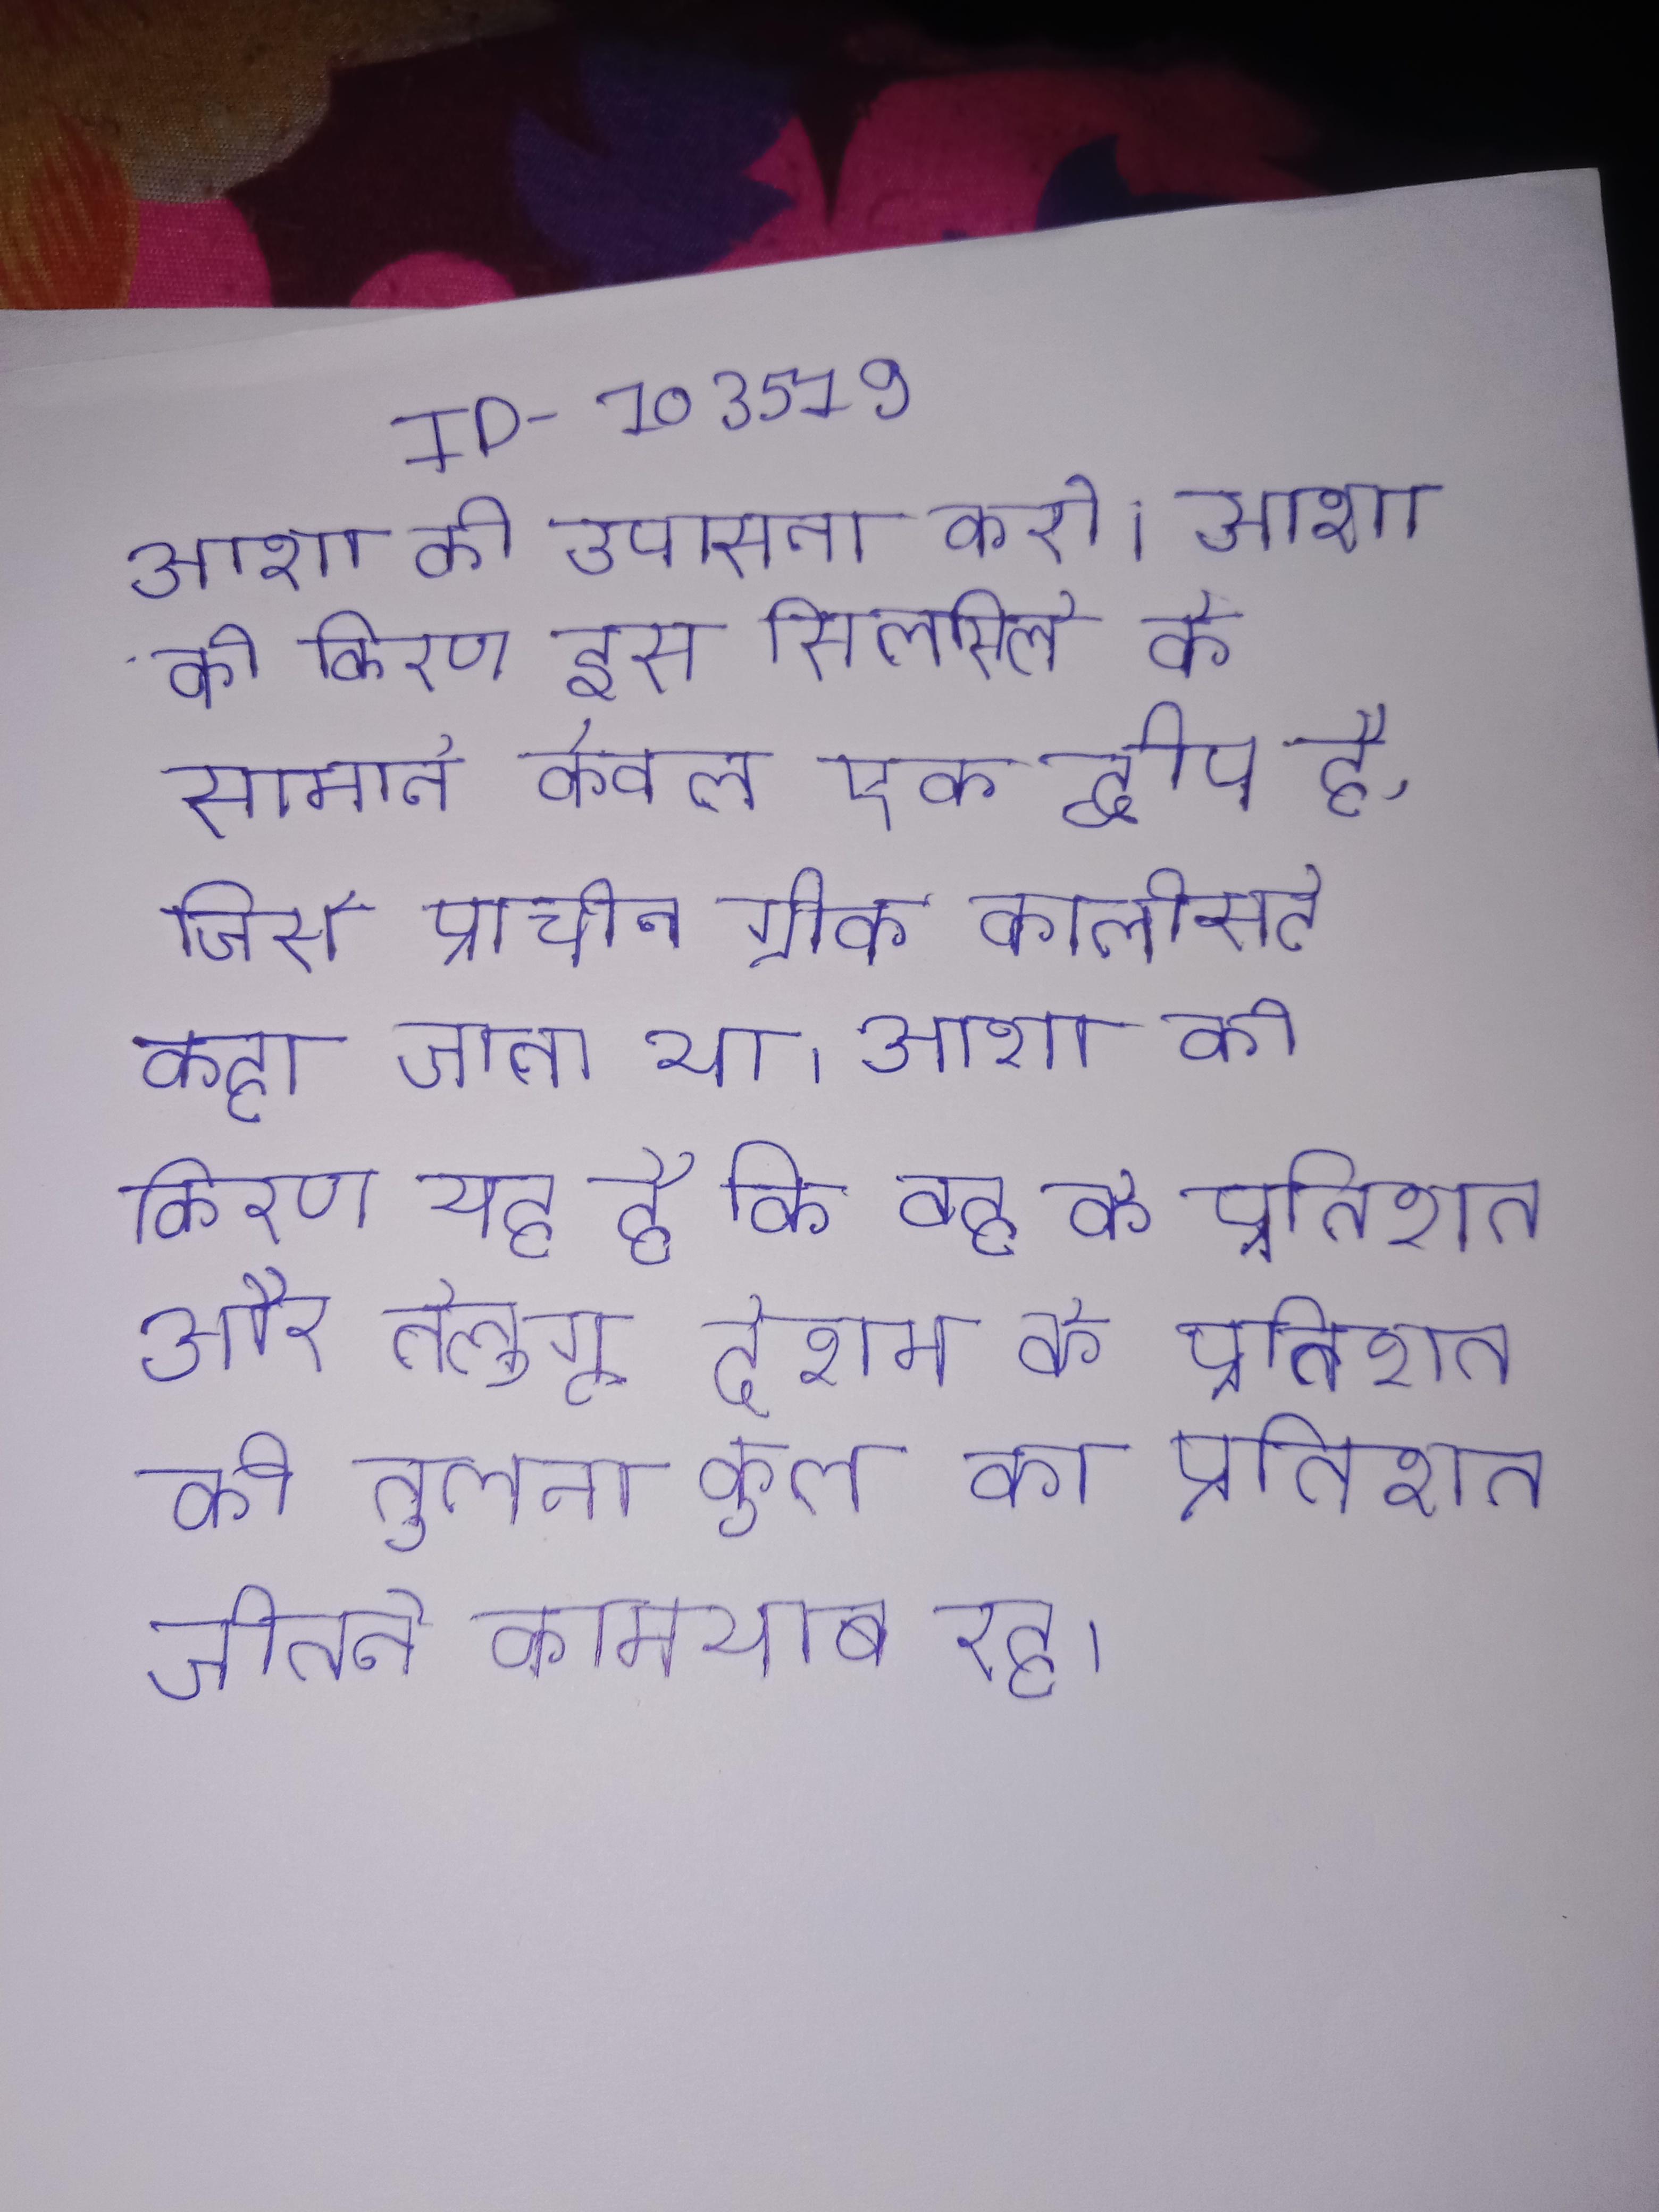
आशा की उपासना करो । आशा की किरण इस सिलसिले के सामने केवल एक द्वीप है, जिसे प्राचीन ग्रीक कालीस्टे कहा जाता था । आशा की किरण यह है कि वह के प्रतिशत और तेलुगू देशम के प्रतिशत की तुलना कुल का प्रतिशत जीतने कामयाब रहा ।